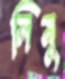
লিমু